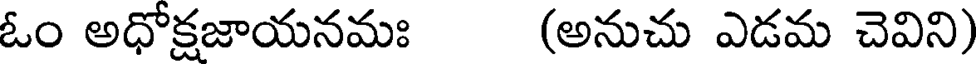
ఓం అధోక్షజాయనమః (అనుచు ఎడమ చెవిని)